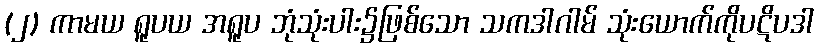
(၂) ကာမယ ရူပယ အရူပ ဘုံသုံးပါး၌ဖြစ်သော သကဒါဂါမ် သုံးယောက်ကိုပဋိပဒါ